Insane asylums in Bengal annual reports 1867-1875 - 1867-1875
Year: 1867
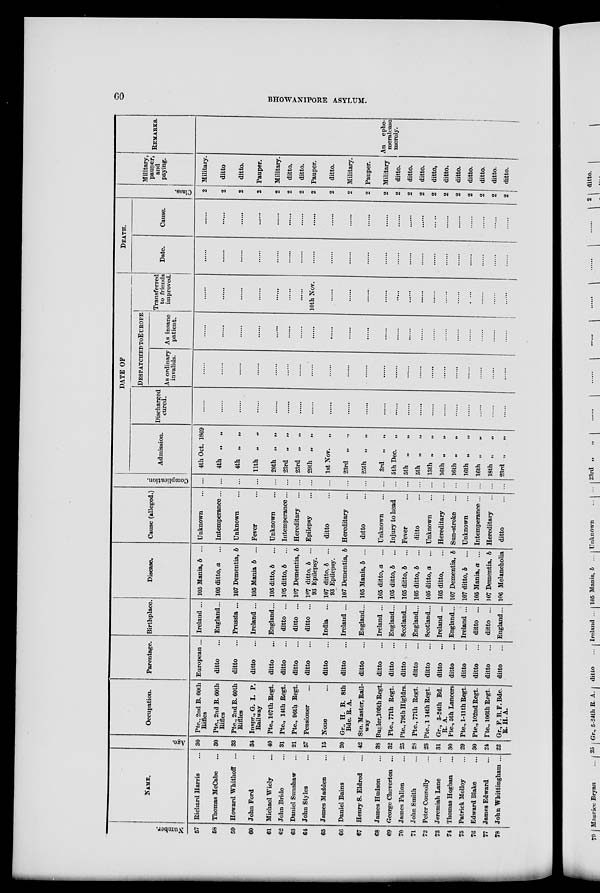
60
BHOWANIPORE ASYLUM.
Number.
57
58
59
60
61
62
63
64
65
66
67
68
69
70
71
72
73
74
75
76
77
78
NAME.
Richard Harris ...
Thomas McCabe ...
Howard Whithoff ...
John Ford ...
Michael Wiely ...
John Bride ...
Daniel Sunshaw ...
John Styles ...
James Madden ...
Daniel Bains ...
Henry S. Eldred ...
James Hudson ...
George Cheverton ...
James Fallon ...
John Smith ...
Peter Connolly ...
Jeremiah Lane ...
Thomas Hogban ...
Patrick Molloy ...
Edward Blake ...
James Edward ...
John Whittingham ...
Age.
30
30
33
34
40
31
21
57
15
20
42
38
32
25
28
23
31
30
29
30
24
22
Occupation.
Pte., 2nd B. 60th
Rifles
Pte., 2nd B. 60th
Rifles
Pte., 2nd B. 60th
Riflles
Inspr., G. I. P.
Railway
Pte„ 107th Regt.
Pte., 14th Regt.
Pte., 96th Regt.
Pensioner ...
None ...
Gr., H. B. 8th
Bde. R. A.
Stn. Master, Rail-
way
Bugler,105th Regt.
Pte., 77th Regt.
Pte., 79th Higldrs.
Pte., 77th Regt.
Pte., 144th Regt.
Gr., 3-24th Bd.
R. A.
Pte., 5th Lancers
Pte., 1-11th Regt.
Pte., 102nd Regt.
Pte., 106th Regt.
Gr.,F.B.F.Bde.
R. H.A.
Parentage.
European ...
ditto ...
ditto ...
ditto ...
ditto ...
ditto ...
ditto ...
ditto ...
ditto ...
ditto ...
ditto ...
ditto ...
ditto ...
ditto ...
ditto ...
ditto ...
ditto ...
ditto ...
ditto ...
ditto ...
ditto ...
ditto ...
Birthplace.
Ireland ...
England...
Prussia ...
Ireland ...
England...
ditto ...
ditto ...
ditto ...
India ...
Ireland ...
England...
Ireland ...
England...
Scotland...
England...
Scotland...
Ireland ...
England...
Ireland ...
ditto ...
ditto ...
England...
Disease.
105 Mania, b ...
105 ditto, a ...
107 Dementia, b ...
105 Mania b ...
105 ditto, b
...
105 ditto, b
...
107 Dementia, b
107 ditto, b ...
93 Epilepsy.
107 ditto, b ...
93 Epilepsy.
107 Dementia, b
105 Mania, b ...
105 ditto, a ...
105 ditto, b ...
105 ditto, b ...
105 ditto, b ...
105 ditto, a ...
105 ditto. ...
107 Dementia, b
107 ditto, b ...
105 Mania, a ...
107 Dementia, b
106 Melancholia
Cause (alleged.)
Unknown ...
Intemperance...
Unknown ...
Fever ...
Unknown ...
Intemperance...
Hereditary ...
Epilepsy ...
ditto ...
Hereditary ...
ditto ...
Unknown ...
Injury to head ...
Fever ...
ditto ...
Unknown ...
Hereditary ...
Sun-stroke ...
Unknown ...
Intemperance...
Hereditary ...
ditto ...
Complication.
...
...
...
...
...
...
...
...
...
...
...
...
...
...
...
...
...
...
...
...
...
...
DATE OF
Admission.
4th Oct. 1869
4th „
„
4th „ „
11th „
„
20th „
„
23rd „
„
23rd „
„
29th „
„
1st Nov.
„
23rd „ „
25th „
„
3rd „
„
5th Dec.
„
5th „
„
5th „
„
13th „ „
16th „ „
16th „
„
16th „ „
16th „ „
18th „ „
23rd „
„
Discharged
cured.
......
......
......
......
......
......
......
......
......
......
......
......
......
......
......
......
......
......
......
......
......
......
DESPATCHED TO EUROPE
As ordinary
invalids.
......
......
......
......
......
......
......
......
......
......
......
......
......
......
......
......
......
......
......
......
......
......
As insane
patient.
......
......
......
......
......
......
......
......
......
......
......
......
......
......
......
......
......
......
......
......
......
......
Transferred
to friends
improved.
......
......
......
......
......
......
......
10th Nov.
......
......
......
......
......
......
......
......
......
......
......
......
......
......
DEATH.
Date.
......
......
......
......
......
......
......
......
......
......
......
......
......
......
......
......
......
......
......
......
......
......
Cause.
......
......
......
......
......
......
......
......
......
......
......
......
......
......
......
......
......
......
......
......
......
......
Class.
2
2
2
2
2
2
2
2
2
2
2
2
2
2
2
2
2
2
2
2
2
2
Military,
pauper,
and
paying.
Military.
ditto
ditto.
Pauper.
Military.
ditto.
ditto.
Pauper.
ditto.
Military.
Pauper.
Military
ditto.
ditto.
ditto.
ditto.
ditto.
ditto.
ditto.
ditto.
ditto.
ditto.
REMARKS.
An ephe¬
meralcase
merely.